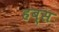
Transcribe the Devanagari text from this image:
हब्स